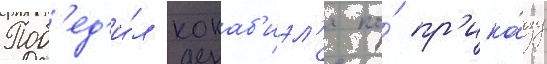
Поб'ед'и́л кокаб'иэл'я по́ пр'ика́зу